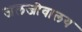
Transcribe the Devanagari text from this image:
जलजीवालय